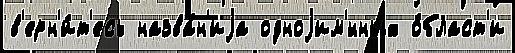
в'ерн'и́т'есь назва́н'иjа одноjим'́нных о́бласт'и